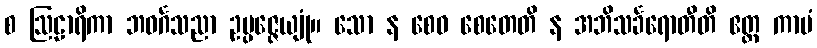
စ ဩဠာရိကာ ဘဝင်္ဂသညာ ဥပ္ပဇ္ဇေယျုံ။ သော န စေဝ စေတေတိ န အဘိသင်္ခရောတီတိ ဧတ္ထ ကာမံ